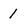
Character: 1